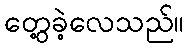
တွေ့ခဲ့လေသည်။